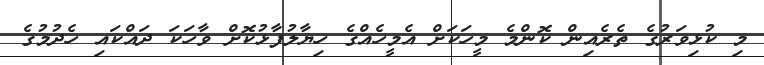
މި ކުޅިވަރުގެ ތެރެއިން ކޮންމެ މީހަކަށް އެމީހެއްގެ ހިޔާލުފާޅުކޮށް ވާހަކަ ދައްކައި ހެދުމުގެ